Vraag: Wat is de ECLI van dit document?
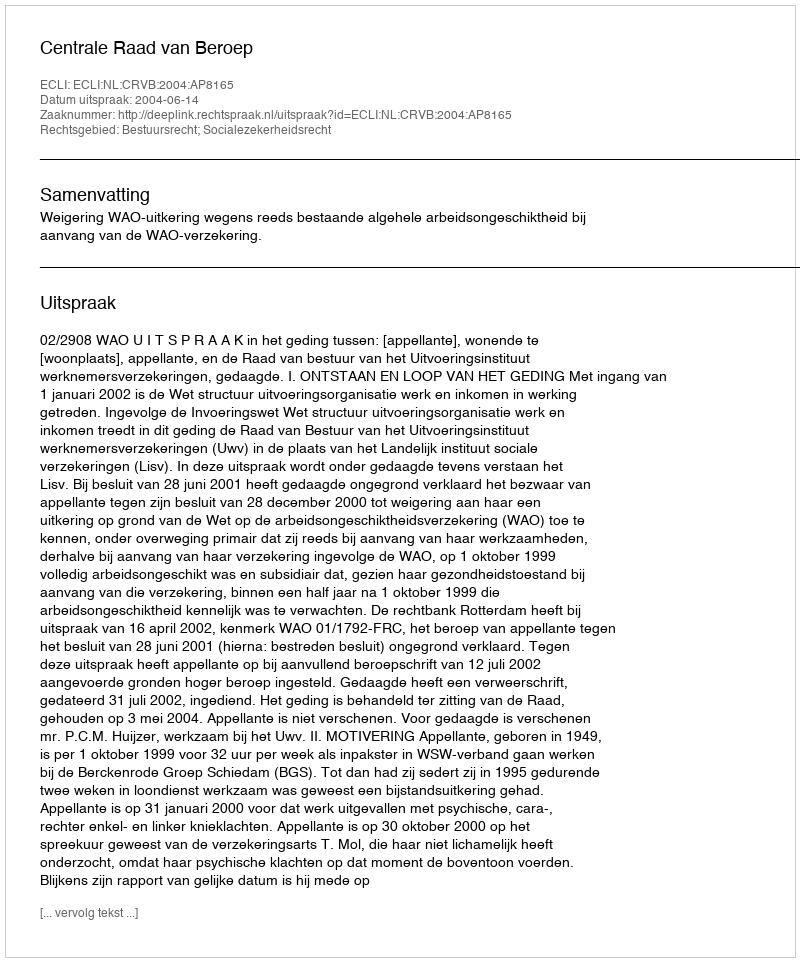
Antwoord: ECLI:NL:CRVB:2004:AP8165